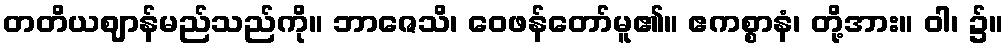
တတိယဈာန်မည်သည်ကို။ ဘာဇေသိ၊ ဝေဖန်တော်မူ၏။ ဧကစ္စာနံ၊ တို့အား။ ဝါ၊ ၌။